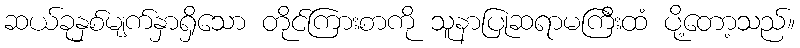
ဆယ်ခုနှစ်မျက်နှာရှိသော တိုင်ကြားစာကို သူနာပြုဆရာမကြီးထံ ပို့တော့သည်။